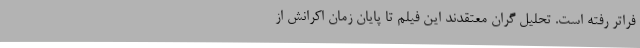
فراتر رفته است. تحلیل گران معتقدند این فیلم تا پایان زمان اکرانش از